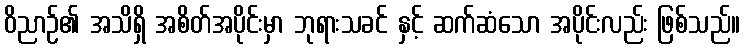
ဝိညာဉ်၏ အသိရှိ အစိတ်အပိုင်းမှာ ဘုရားသခင် နှင့် ဆက်ဆံသော အပိုင်းလည်း ဖြစ်သည်။